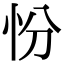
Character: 㤋